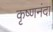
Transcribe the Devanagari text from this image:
कृष्णनंदा